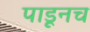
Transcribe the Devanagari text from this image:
पाडूनच